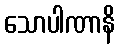
သောပါဏာနိ